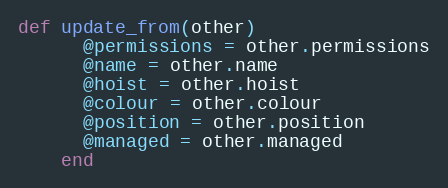
Language: Ruby
def update_from(other)
      @permissions = other.permissions
      @name = other.name
      @hoist = other.hoist
      @colour = other.colour
      @position = other.position
      @managed = other.managed
    end